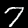
Digit: 7